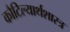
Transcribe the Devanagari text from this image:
कौटिल्यार्थशास्त्र